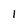
Character: l